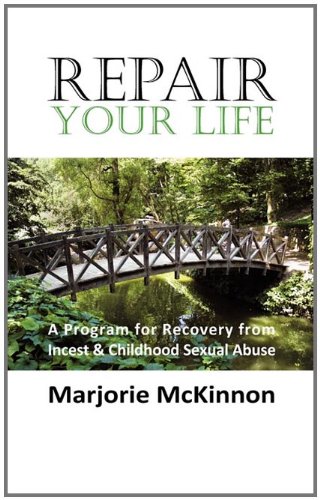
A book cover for REPAIR Your Life: A Program for Recovery from Incest & Childhood Sexual Abuse; Marjorie McKinnon; Health, Fitness & Dieting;